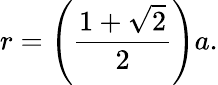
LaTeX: r=\left({\frac{1+{\sqrt{2}}}{2}}\right)a.